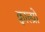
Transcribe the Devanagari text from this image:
क्वाल्प्रो